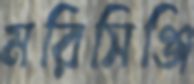
মরিসিঞ্জি